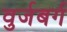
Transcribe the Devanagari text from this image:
वुर्जबर्ग